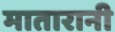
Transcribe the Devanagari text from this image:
मातारानी